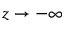
z \rightarrow - \infty